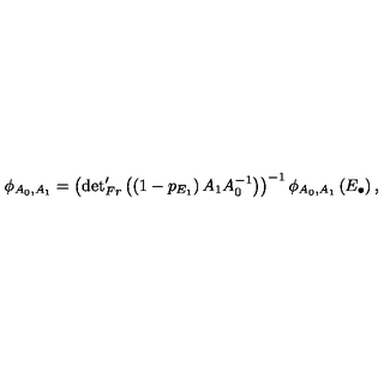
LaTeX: \phi _ { A _ { 0 } , A _ { 1 } } = \left( { \det } _ { F r } ^ { \prime } \left( \left( 1 - p _ { E _ { 1 } } \right) A _ { 1 } A _ { 0 } ^ { - 1 } \right) \right) ^ { - 1 } \phi _ { A _ { 0 } , A _ { 1 } } \left( E _ { \bullet } \right) ,